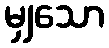
မျှသော